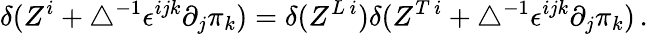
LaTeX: \delta(Z^{i}+\bigtriangleup^{-1}\epsilon^{ijk}\partial_{j}\pi_{k})=\delta(Z^{L\, i})\delta(Z^{T\, i}+\bigtriangleup^{-1}\epsilon^{ijk}\partial_{j}\pi_{k})\, .